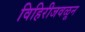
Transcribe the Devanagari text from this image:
विहिरीजवळून